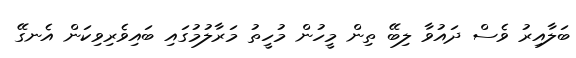
ބަލާއިރު ވެސް ދައުވާ ލިބޭ ތިން މީހުން މުހީތު މަރާލުމުގައި ބައިވެރިވިކަން އެނގޭ